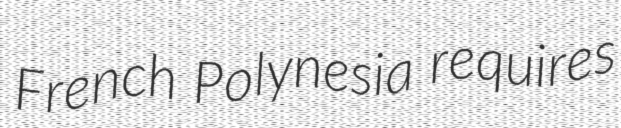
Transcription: French Polynesia requires